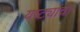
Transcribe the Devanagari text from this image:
यष्ट्यांचा